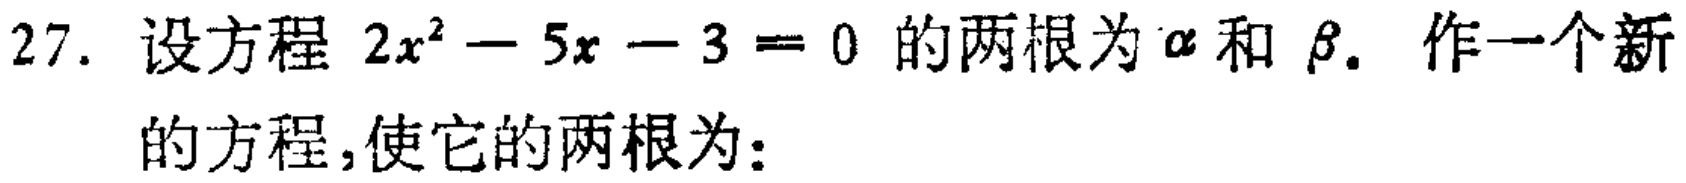
27. 设方程 \(2x^{2}-5x - 3 = 0\) 的两根为 \(\alpha\) 和 \(\beta\). 作一个新的方程,使它的两根为：